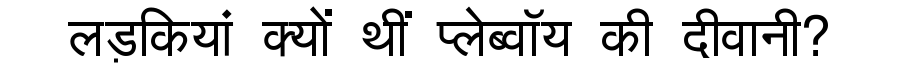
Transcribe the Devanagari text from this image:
लड़कियां क्यों थीं प्लेब्वॉय की दीवानी?